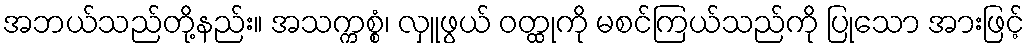
အဘယ်သည်တို့နည်း။ အသက္ကစ္စံ၊ လှူဖွယ် ဝတ္ထုကို မစင်ကြယ်သည်ကို ပြုသော အားဖြင့်